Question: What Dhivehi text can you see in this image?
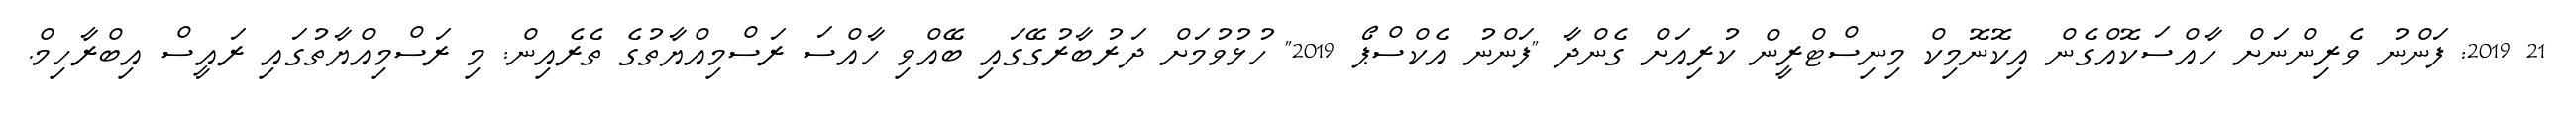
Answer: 21 2019: ފަންނު ވެރިންނަށް ހާއްސަކޮއްގެން އިކޮނޮމިކް މިނިސްޓްރީން ކުރިއަށް ގެންދާ "ފަންނު އެކްސްޕޯ 2019" ހުޅުވުމަށް ދަރުބާރުގޭގައި ބޭއްވި ހާއްސަ ރަސްމިއްޔާތުގެ ތެރެއިން: މި ރަސްމިއްޔާތުގައި ރައީސް އިބްރާހިމް.